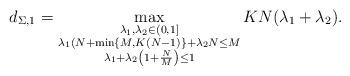
LaTeX: \begin{align*}d_{\Sigma,1}=\max_{\substack{ \lambda_1,\lambda_2\in(0,1]\\ \lambda_1(N+\min\{M,K(N-1)\}+\lambda_2N\leq M\\ \lambda_1+\lambda_2\left(1+\frac{N}{M}\right)\leq 1\\ }}KN(\lambda_1+\lambda_2). \end{align*}